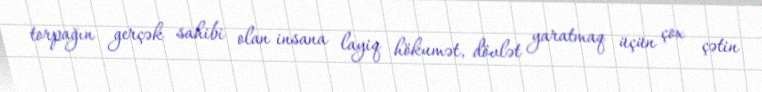
torpağın gerçək sahibi olan insana layiq hökumət, dövlət yaratmaq üçün çox çətin